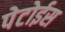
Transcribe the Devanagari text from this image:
पेटोईस